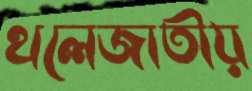
থলেজাতীয়